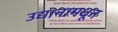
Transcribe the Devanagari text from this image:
उद्यानामधून